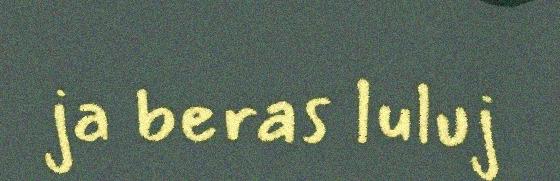
ja beras luluj